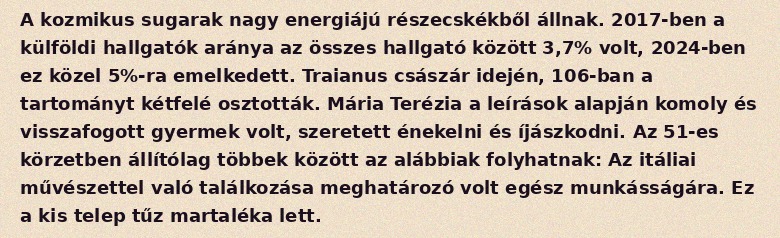
A kozmikus sugarak nagy energiájú részecskékből állnak. 2017-ben a külföldi hallgatók aránya az összes hallgató között 3,7% volt, 2024-ben ez közel 5%-ra emelkedett. Traianus császár idején, 106-ban a tartományt kétfelé osztották. Mária Terézia a leírások alapján komoly és visszafogott gyermek volt, szeretett énekelni és íjászkodni. Az 51-es körzetben állítólag többek között az alábbiak folyhatnak: Az itáliai művészettel való találkozása meghatározó volt egész munkásságára. Ez a kis telep tűz martaléka lett.